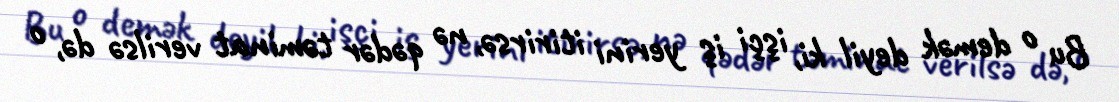
Bu o demək deyil ki, işçi iş yerini itirirsə, nə qədər təminat verilsə də, o